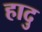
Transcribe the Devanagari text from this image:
हादु